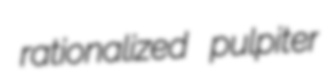
rationalized pulpiter